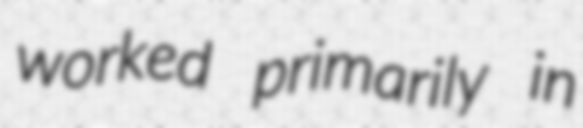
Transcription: worked primarily in